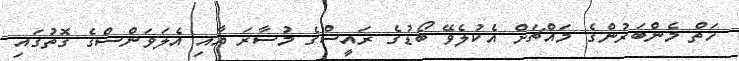
ހަތް މެންބަރުންގެ މައްޗަށް އެކުލެވޭ ބޯޑުގެ ރައީސްގެ މުސާރަ އާއި އެލަވަންސްގެ ގޮތުގައި